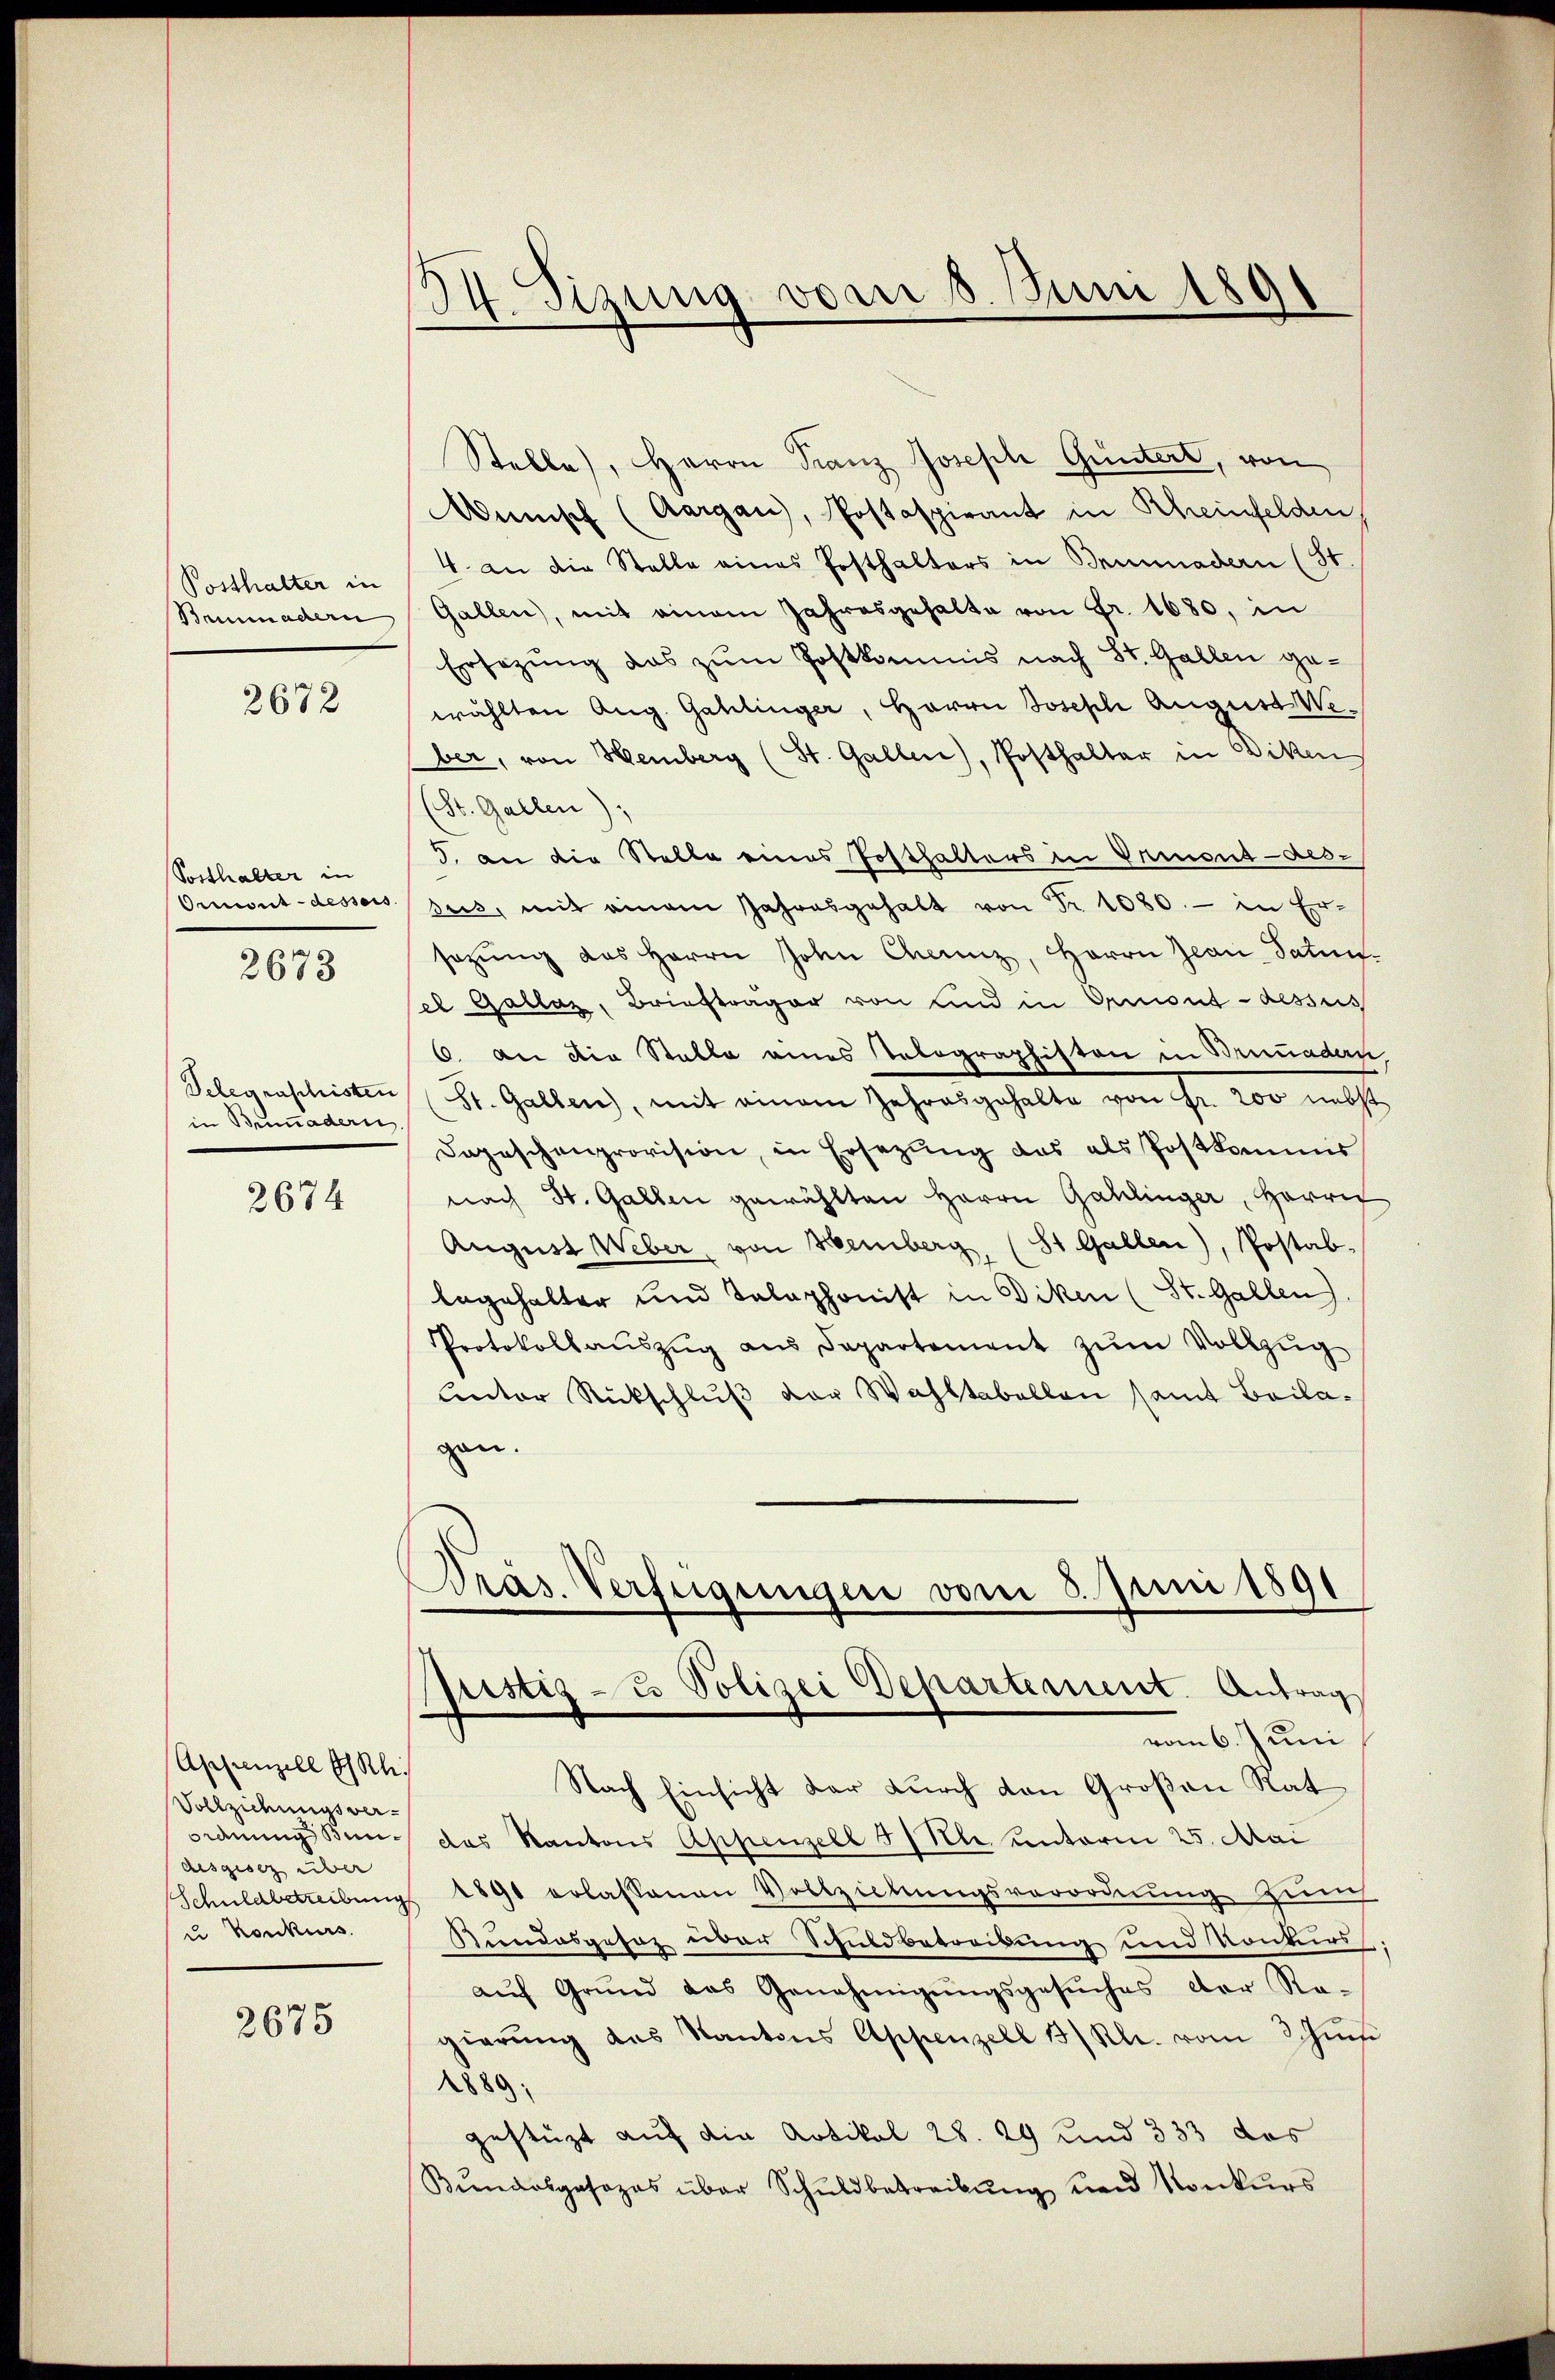
Posthalter in
Beminadern

2672

Posthalter in
Ormont-dessors

2673

Telegraschisten
in Brunadern.

2674

Appenzell I/Rh.
Vollziehungsver¬
Ordnung Bundesgesez über
u Konkurs

2675

34. Sizung vom 8. Juni 1891

Stelle), Herrn Franz Joseph Guntert, von
Wünisch (Aargau, Postaspirant in Rheinfelden
4 an die Stelle eines Posthalters in Brunnadern (31
Gallen, mit einem Jahresgehalte von Fr. 1680, in
Ersezung das zum Postkommis nach St. Gallen gewählten Aug. Gahlinger, Herrn Joseph August Weber, von Hemberg (St. Gallen), Posthalter in Diken
(St. Gallen)
5. an die Stelle eines Posthalters in Ormont-dessus, mit einem Jahresgehalt von Fr. 1080. - in Ersezung des Herrn John Chenz, Herrn Jean Satinsel Gallaz, Briefträger von und in Ormont-dessus
6. an die Stelle eines Selographisten in Brunaden,
St. Gallen, mit einem Jahresgehalte von Fr. 200 nebst
Dopeschenprovision, in Ersezung das als Postkommis
nach St. Gallen gewählten Herrn Gahlinger, Herric
August Weber, von Hemberg (St. Gallen), Postab.
begehalter und Telephonist in Diken (St. Gallen.
Protokollaŭszŭg aŭs Departement zŭm Vollzug
unter Rückschluß der Wahltabellen samt Bailagen.
Pras. Verfügungen vom 5. Juni 1891

Justiz- & Polizei Departement. Antrag
vom 6. Juni

Nach Einsicht der durch den Großen Rat
das Kantons Appenzell 5/ Nle unterm 25. Mai
Schuldbetreibŭng 1890 erlassenen Vollziehŭngsverordnŭng zŭmch
Kundesgesez über Schuldbetreibung und Konkurs
aŭf Grŭnd das Genehmigŭngsgesŭches der Re-
gierŭng des Kantons Appenzell 13/ Kl. vom 3 hinsi
1889;
gestüzt auf die Artikal 28. 29 und 333 das
Bŭndesgesezes über Schŭldbetreibŭng und Konkurs